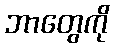
ဘာတွေကို